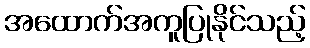
အထောက်အကူပြုနိုင်သည့်